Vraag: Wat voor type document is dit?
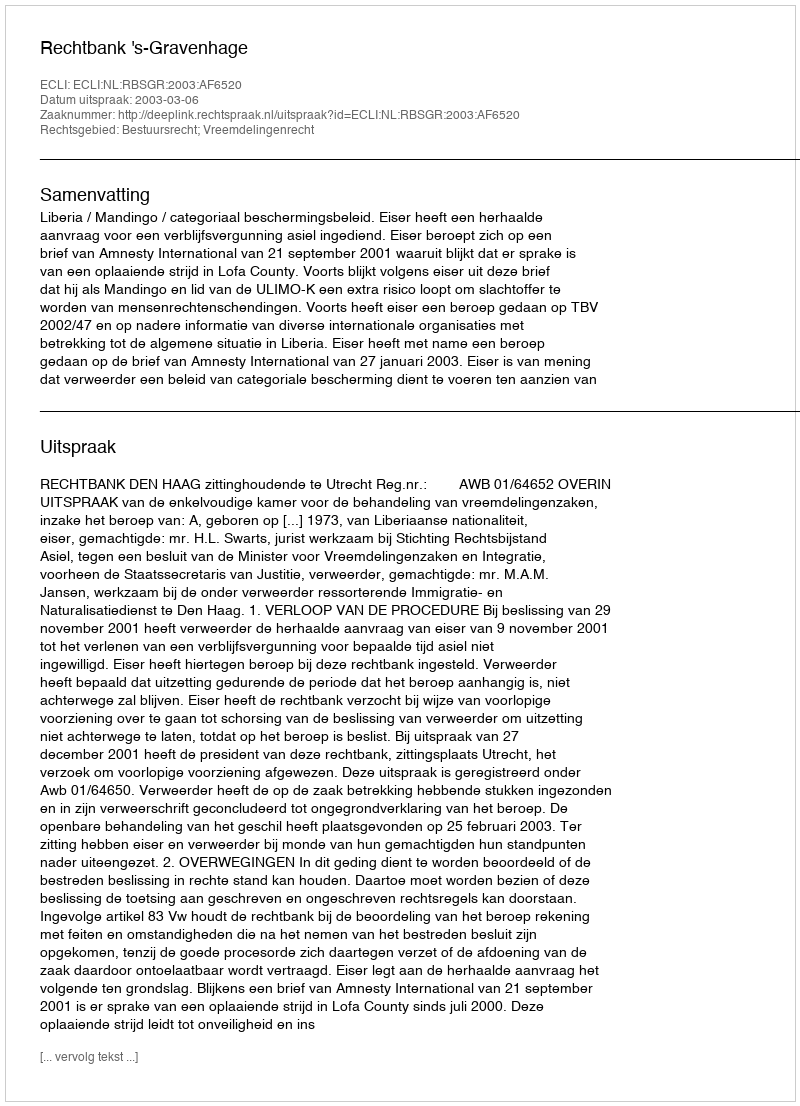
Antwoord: Uitspraak